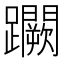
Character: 𨇮